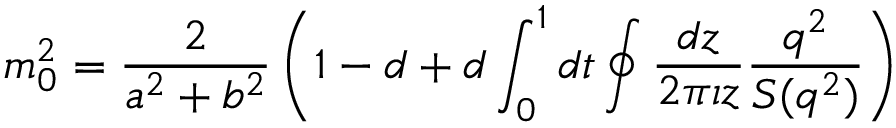
m _ { 0 } ^ { 2 } = \frac { 2 } { a ^ { 2 } + b ^ { 2 } } \left( 1 - d + d \int _ { 0 } ^ { 1 } d t \oint \frac { d z } { 2 \pi \imath z } \frac { q ^ { 2 } } { S ( q ^ { 2 } ) } \right)